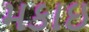
મકાઇ